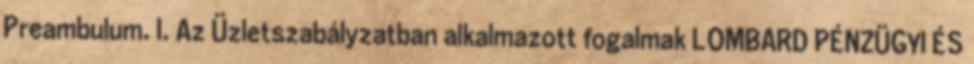
Preambulum. I. Az Üzletszabályzatban alkalmazott fogalmak LOMBARD PÉNZÜGYI ÉS